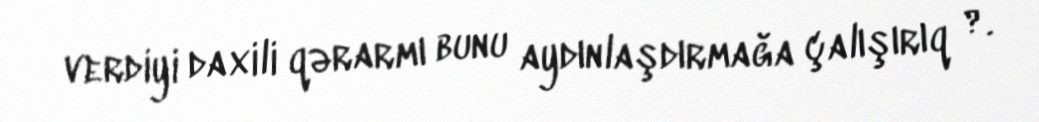
verdiyi daxili qərarmı bunu aydınlaşdırmağa çalışırıq ?.